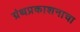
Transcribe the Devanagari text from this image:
ग्रंथप्रकाशनाचा